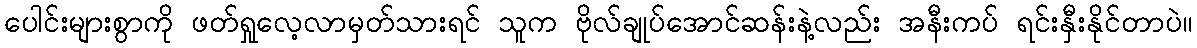
ပေါင်းများစွာကို ဖတ်ရှုလေ့လာမှတ်သားရင် သူက ဗိုလ်ချုပ်အောင်ဆန်းနဲ့လည်း အနီးကပ် ရင်းနှီးနိုင်တာပဲ။